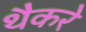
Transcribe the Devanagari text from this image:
थैैकरे